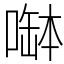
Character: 𠼭